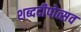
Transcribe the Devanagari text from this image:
शब्ददीपोत्सव